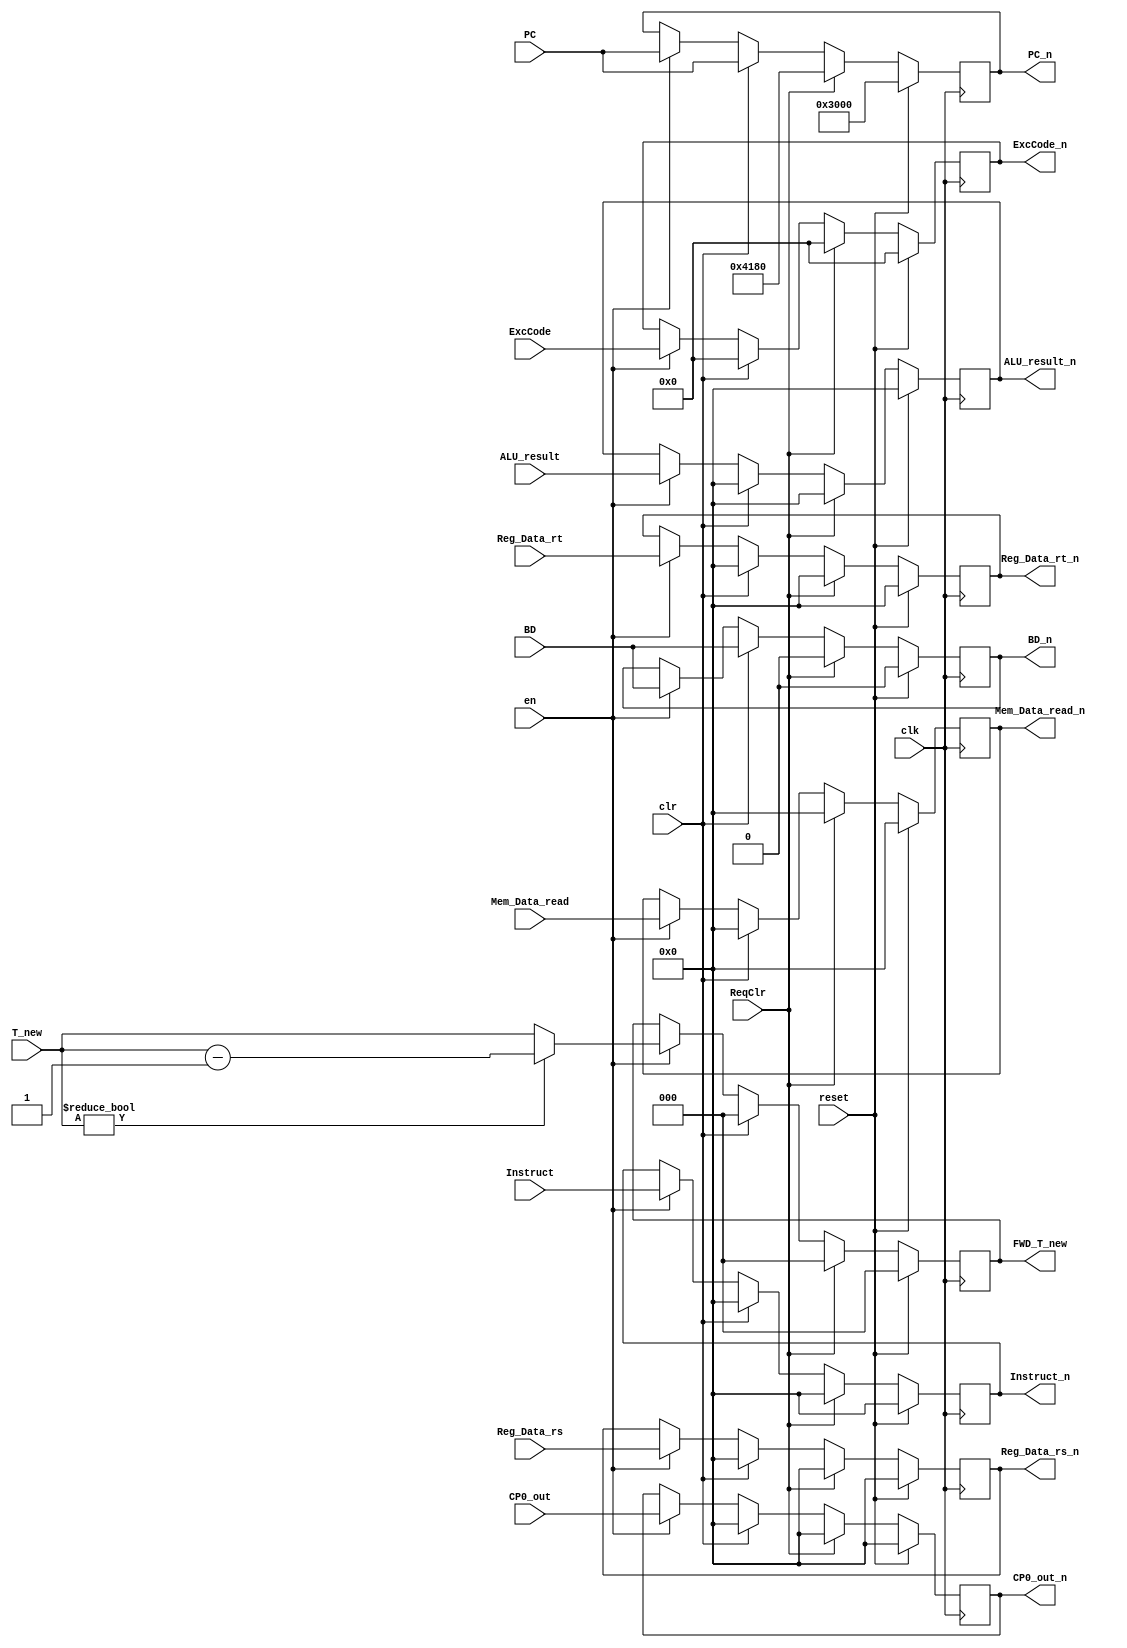
`timescale 1ns / 1ps
//////////////////////////////////////////////////////////////////////////////////
// Company: 
// Engineer: 
// 
// Design Name: 
// Module Name:    PipeLineRegister 
// Project Name: 
// Target Devices: 
// Tool versions: 
// Description: 
//
// Dependencies: 
//
// Revision: 
// Revision 0.01 - File Created
// Additional Comments: 
//
//////////////////////////////////////////////////////////////////////////////////
module PipeLineRegister(
    input [31:0]        PC,
    input [31:0]        Instruct,
    input [31:0]        Reg_Data_rs,
    input [31:0]        Reg_Data_rt,
    input [31:0]        ALU_result,
    input [31:0]        Mem_Data_read,
    
    input [2:0]         T_new,

    input [4:0]         ExcCode,
    input               BD,
    input [31:0]        CP0_out,

    input               clk,
    input               en,
    input               reset,
    input               clr,
    input               ReqClr,

    output reg [31:0]   PC_n,
    output reg [31:0]   Instruct_n,
    output reg [31:0]   Reg_Data_rs_n,
    output reg [31:0]   Reg_Data_rt_n,
    output reg [31:0]   ALU_result_n,
    output reg [31:0]   Mem_Data_read_n,

    output reg [2:0]    FWD_T_new,

    output reg [4:0]    ExcCode_n,
    output reg          BD_n,
    output reg [31:0]   CP0_out_n
    );

    always @(posedge clk) begin
        if(reset) begin
            PC_n <= 32'h0000_3000;
            Instruct_n <= 32'h0000_0000;
            Reg_Data_rs_n <= 32'h0000_0000;
            Reg_Data_rt_n <= 32'h0000_0000;
            ALU_result_n <= 32'h0000_0000;
            Mem_Data_read_n <= 32'h0000_0000;
            FWD_T_new <= 3'h0;
            ExcCode_n <= 5'h0;
            BD_n <= 1'b0;
            CP0_out_n <= 32'h0;
        end
        else if(ReqClr) begin
            PC_n <= 32'h0000_4180;
            Instruct_n <= 32'h0000_0000;
            Reg_Data_rs_n <= 32'h0000_0000;
            Reg_Data_rt_n <= 32'h0000_0000;
            ALU_result_n <= 32'h0000_0000;
            Mem_Data_read_n <= 32'h0000_0000;
            FWD_T_new <= 3'h0;
            ExcCode_n <= 5'h0;
            BD_n <= 1'b0;
            CP0_out_n <= 32'h0;
        end
        else if(clr) begin
            PC_n <= PC;
            Instruct_n <= 32'h0000_0000;
            Reg_Data_rs_n <= 32'h0000_0000;
            Reg_Data_rt_n <= 32'h0000_0000;
            ALU_result_n <= 32'h0000_0000;
            Mem_Data_read_n <= 32'h0000_0000;
            FWD_T_new <= 3'h0;
            ExcCode_n <= 5'h0;
            BD_n <= BD;
            CP0_out_n <= 32'h0;
        end
        else begin
            if(en) begin
                PC_n <= PC;
                Instruct_n <= Instruct;
                Reg_Data_rs_n <= Reg_Data_rs;
                Reg_Data_rt_n <= Reg_Data_rt;
                ALU_result_n <= ALU_result;
                Mem_Data_read_n <= Mem_Data_read;
                if(T_new != 3'h0)
                    FWD_T_new <= T_new - 3'h1;
                else
                    FWD_T_new <= T_new;
                ExcCode_n <= ExcCode;
                BD_n <= BD;
                CP0_out_n <= CP0_out;
            end
            else begin
                PC_n <= PC_n;
                Instruct_n <= Instruct_n;
                Reg_Data_rs_n <= Reg_Data_rs_n;
                Reg_Data_rt_n <= Reg_Data_rt_n;
                ALU_result_n <= ALU_result_n;
                Mem_Data_read_n <= Mem_Data_read_n;
                FWD_T_new <= FWD_T_new;
                ExcCode_n <= ExcCode_n;
                BD_n <= BD_n;
                CP0_out_n <= CP0_out_n;
            end
        end
    end

endmodule